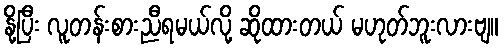
နို့ပြီး လူတန်းစားညီရမယ်လို့ ဆိုထားတယ် မဟုတ်ဘူးလားဗျ။